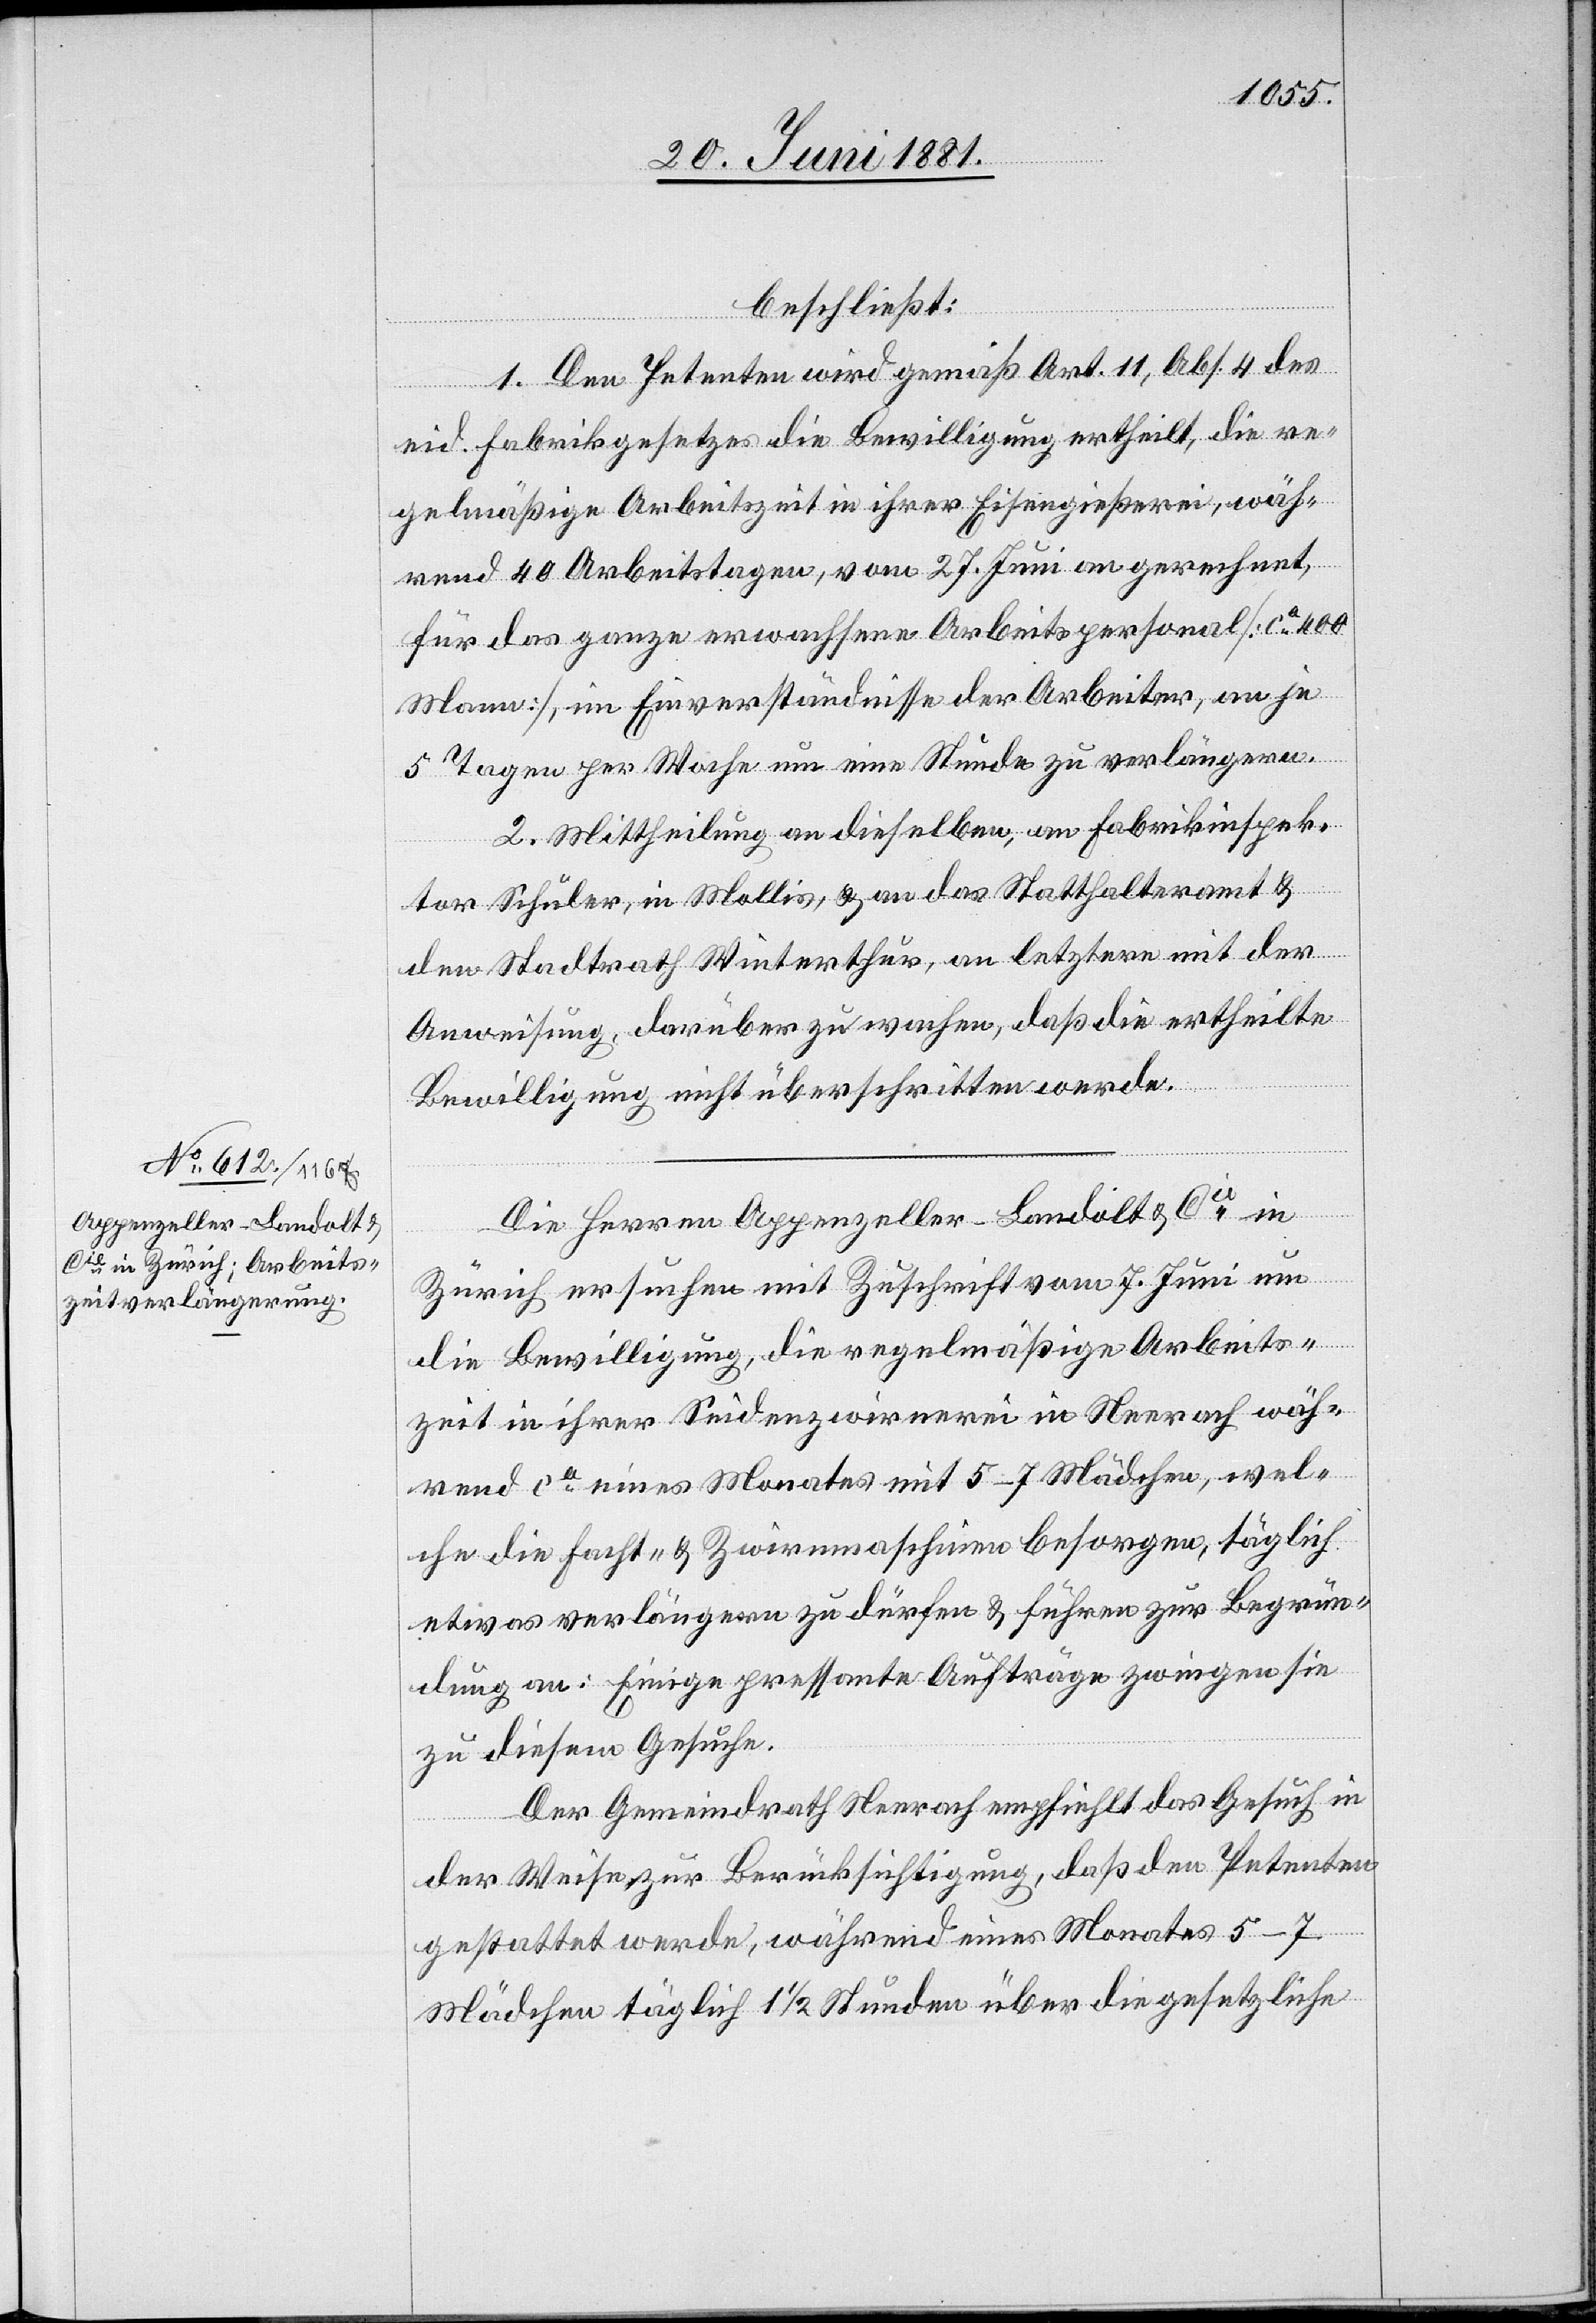
23. Juni 1881.]
beschließt:
1. Den Petenten wird gemäß Art. 11, Abs. 4 des
eid. Fabrikgesetzes die Bewilligung ertheilt, die re¬
gelmäßige Arbeitszeit in ihrer Eisenbahngießerei, wäh¬
rend 40 Arbeitstagen, vom 27. Juni an gerechnet,
für das ganze erwachsene Arbeitspersonal [ca 400
Mann], im Einverständnisse der Arbeiter, an je
5 Tagen per Woche um eine Stunde zu verlängern.
2. Mittheilung an dieselben, an Fabrikinspek¬
tor Schuler, in Mollis, & an das Statthalteramt &
den Stadtrath Winterthur, an letztere mit der
Anweisung, darüber zu wachen, daß die ertheilte
Bewilligung nicht überschritten werde.
Die Herren Appenzeller-Landolt & Cie in
Zürich ersuchten mit Zuschriften vom 7. Juni um
die Bewilligung, die regelmäßige Arbeits¬
zeit in ihrer Seidenzwirnerei in Neerach wäh¬
rend ca eines Monats mit 5–7 Mädchen, wel¬
che die Facht- & Zwirnenmaschinen besorgen, täglich
etwas verlängern zu dürfen & führen zur Begrün¬
dung an: Einige pressante Aufträge zwingen sie
zu diesem Gesuche.
Der Gemeindrath Neerach empfiehlt das Gesuch in
der Weise zur Berücksichtigung, daß den Petenten
gestattet werde, während eines Monates 5–7
Mädchen täglich 1 1/2 Stunden über die gesetzliche